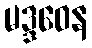
မဒ္ဒဝေန